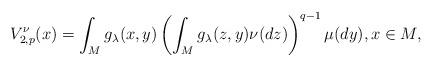
LaTeX: \begin{align*}V^\nu_{2,p}(x)=\int_M g_\lambda(x,y)\left(\int_M g_\lambda(z,y)\nu(dz)\right)^{q-1}\mu(dy),x\in M,\end{align*}